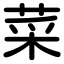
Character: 菜